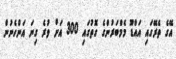
އޭގެ ތެރޭގައި އައްޑޫ މެމްބަރުންގެ ގޮތުގައި 300 އަށް ވުރެ ގިނަ އަންހެނުން